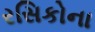
રસિકોના